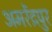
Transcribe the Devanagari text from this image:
अमरेंद्रपुर